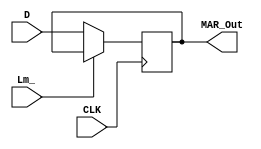
module MAR( MAR_Out, Lm_, D, CLK);
 output [3:0] MAR_Out;
 input  [3:0] D;
 input  Lm_, CLK;

 reg  [3:0] MAR_Out;
 wire [3:0] D;

 always@(posedge CLK)
 begin
  if(~Lm_)MAR_Out <= D;
 end

endmodule